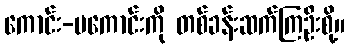
ကောင်း-မကောင်းကို တစ်ခန်းဆက်ကြဦးစို့။